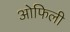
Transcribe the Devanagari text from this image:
ओफिली